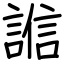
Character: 𧪄